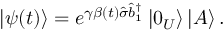
\left\vert \psi ( t ) \right\rangle = e ^ { \gamma \beta ( t ) \hat { \sigma } \hat { b } _ { 1 } ^ { \dagger } } \left\vert 0 _ { U } \right\rangle \left\vert A \right\rangle .